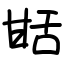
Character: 甛